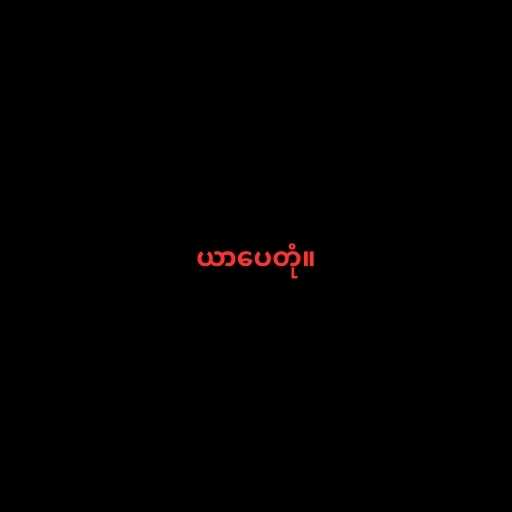
ယာပေတုံ။